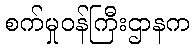
စက်မှုဝန်ကြီးဌာနက